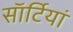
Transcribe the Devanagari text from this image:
साॅर्टियां